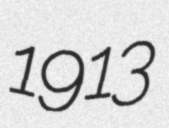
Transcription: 1913